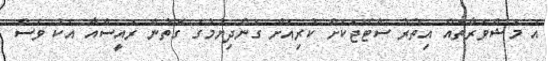
އެ މަޝްވަރާތައް އިތުރު ސްޓޭޖަކަށް ކުރިއަށް ގެންދިޔުމުގެ ގޮތުން ރައީސްއާ އެކު ވެސް